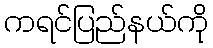
ကရင်ပြည်နယ်ကို